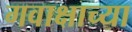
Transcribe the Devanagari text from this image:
गवाक्षाच्या